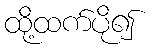
ထို့ထက်ပို၍